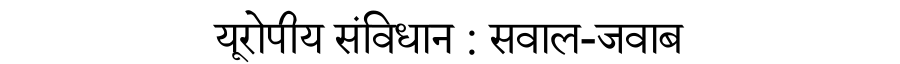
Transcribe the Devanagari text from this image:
यूरोपीय संविधान : सवाल-जवाब